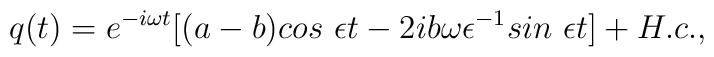
q(t)=e^{-i\omega t}[(a-b)cos~\epsilon t-2ib\omega\epsilon^{-1} sin~\epsilon t] +H.c.,